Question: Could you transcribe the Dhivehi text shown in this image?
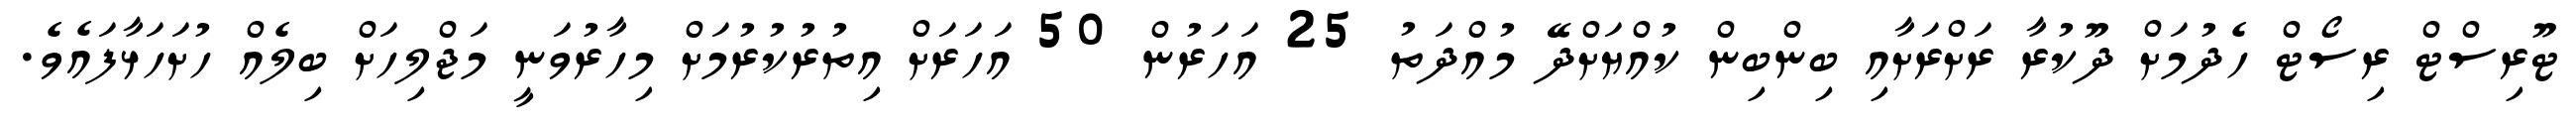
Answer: ޓޫރިސްޓް ރިސޯޓް ހެދުމަށް ދޫކުރާ ރަށްރަށާއި ބިންބިން ކުއްޔަށްދޭ މުއްދަތު 25 އަހަރުން 50 އަހަރަށް އިތުރުކުރުމަށް މިހާރުވަނީ މަޖްލިހަށް ބިލެއް ހުށަހަޅާފައެވެ.